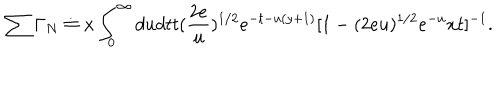
\sum \Gamma _ { N } \doteq x \int _ { 0 } ^ { \infty } d u d t t ( \frac { 2 e } { u } ) ^ { 1 / 2 } e ^ { - t - u ( y + 1 ) } [ 1 - ( 2 e u ) ^ { 1 / 2 } e ^ { - u } x t ] ^ { - 1 } .